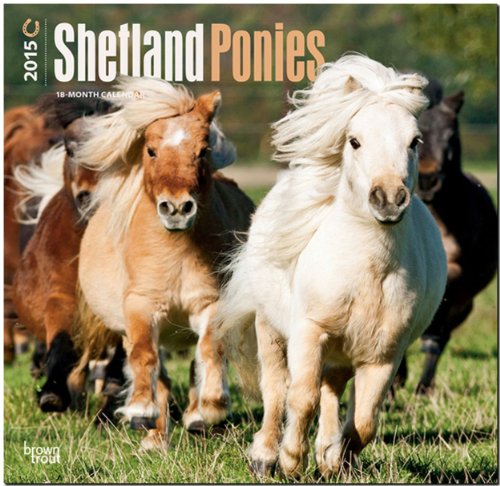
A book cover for Shetland Ponies 2015 Square 12x12 (Multilingual Edition); BrownTrout; Calendars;